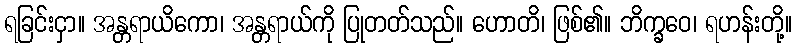
ရခြင်းငှာ။ အန္တရာယိကော၊ အန္တရာယ်ကို ပြုတတ်သည်။ ဟောတိ၊ ဖြစ်၏။ ဘိက္ခဝေ၊ ရဟန်းတို့။